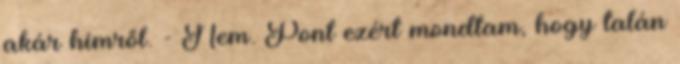
akár hímről. - Nem. Pont ezért mondtam, hogy talán